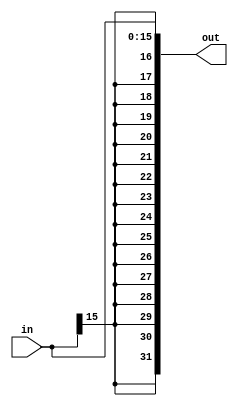
`timescale 1ns / 1ps
//////////////////////////////////////////////////////////////////////////////////
// Group: 21 
// Engineers: P. Godhani & D. Saha
// Module Name:    sign extendor 
// Description: 	 extends a 16bit input to a 32-bit output whilst preserving sign
//
//////////////////////////////////////////////////////////////////////////////////
module SignExt(in, out);
	input [15:0] in;
	output [31:0] out;
	
	assign out[31:16] = {16{in[15]}};
	assign out[15:0] = in;

endmodule